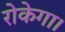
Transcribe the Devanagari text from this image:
रोकेगा।